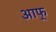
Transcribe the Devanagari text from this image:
आफ्‌